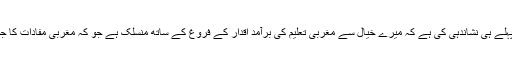
میں نے پہلے ہی نشاندہی کی ہے کہ میرے خیال سے مغربی تعلیم کی برآمد اقدار کے فروغ کے ساتھ منسلک ہے جو کہ مغربی مفادات کا جواب ہے۔